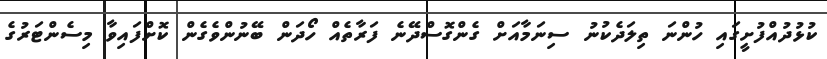
ކުޅުދުއްފުށީގައި ހުންނަ ތިލަދެކުނު ސިނަމާއަށް ގެންގޮސްދޭނެ ފަރާތެއް ހޯދަން ބޭނުންވެގެން ކޮށްފައިވާ މިސެންޓަރުގެ